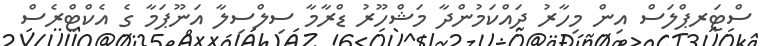
ސްޓަރޕްލަސް އިން މިހާރު ދައްކަމުންދާ މަޝްހޫރު ޑްރާމާ ސިލްސިލާ އަނޫޕަމާ ގެ އެކްޓްރެސް